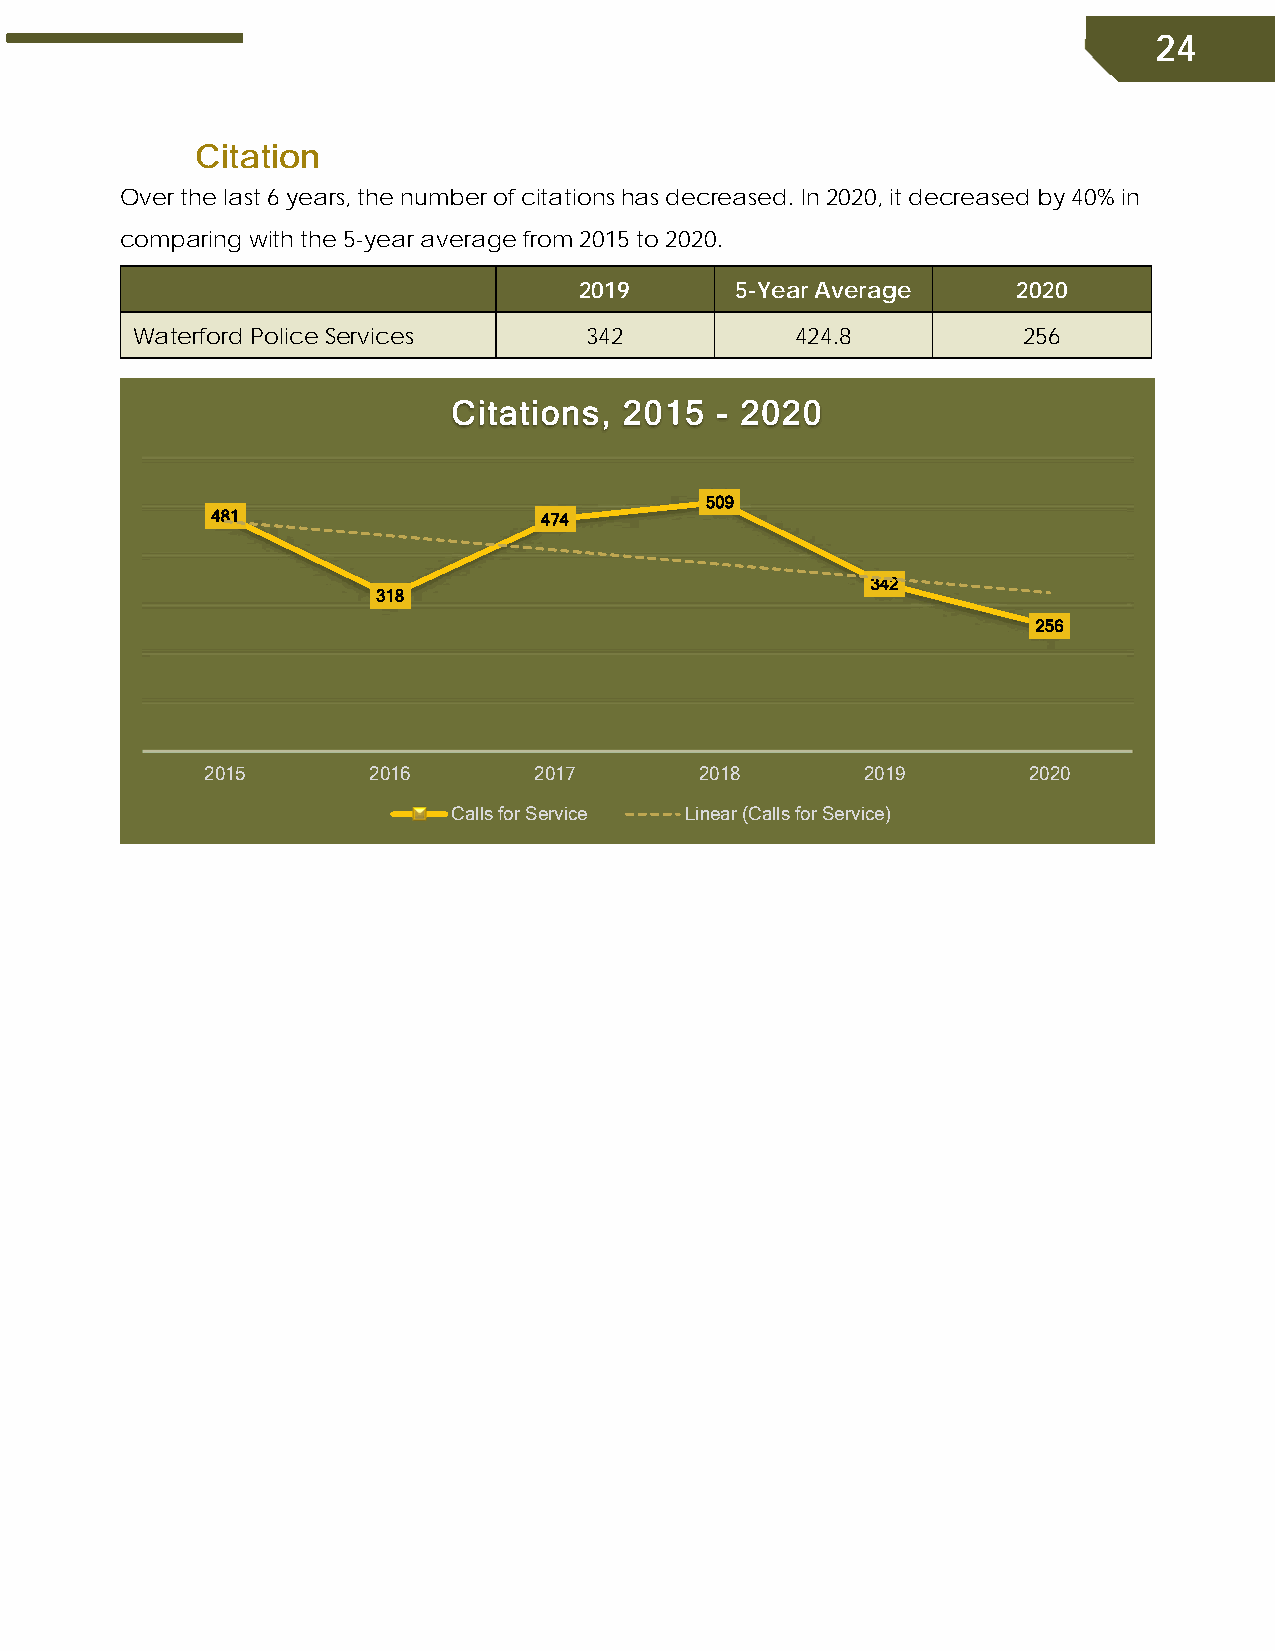
24
 Citation
 Over the last 6 years, the number of citations has decreased. In 2020, it decreased by 40% in
 comparing with the 5-year average from 2015 to 2020.
 2019       5-Year Average    2020
 Waterford Police Services     342           424.8          256
 Citations, 2015  - 2020
 509
 481                   474
 342
 318
 256
 2015      2016       2017       2018       2019       2020
 Calls for Service Linear (Calls for Service)